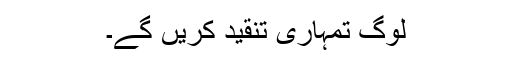
لوگ تمہاری تنقید کریں گے۔